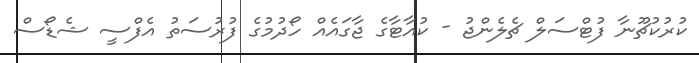
ކުރުކުޗޫނާ ފުޓްސަލް ޗެލެންޖު - ކުއާޓާގެ ޖާގައެއް ހޯދުމުގެ ފުރުސަތު އެފްސީ ޝެޑޯސް